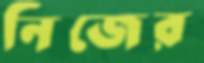
নিজের